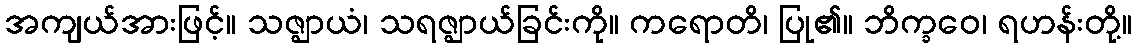
အကျယ်အားဖြင့်။ သဇ္ဈာယံ၊ သရဇ္ဈာယ်ခြင်းကို။ ကရောတိ၊ ပြု၏။ ဘိက္ခဝေ၊ ရဟန်းတို့။